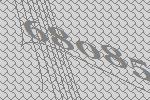
68085